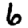
Digit: 6